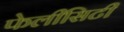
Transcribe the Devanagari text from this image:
फेलीसिटी